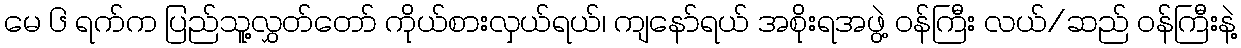
မေ ၆ ရက်က ပြည်သူ့လွှတ်တော် ကိုယ်စားလှယ်ရယ်၊ ကျနော်ရယ် အစိုးရအဖွဲ့ ဝန်ကြီး လယ်/ဆည် ဝန်ကြီးနဲ့